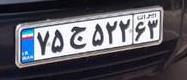
۷۵ج۵۲۲۶۳